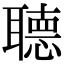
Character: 𦗟